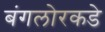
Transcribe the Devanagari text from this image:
बंगलोरकडे